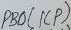
Text: PB0